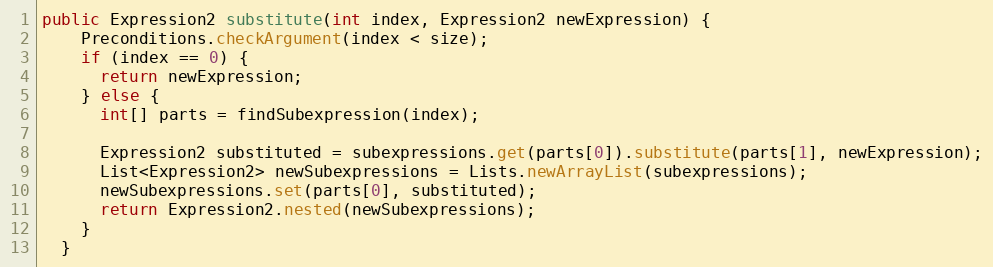
Language: Java
public Expression2 substitute(int index, Expression2 newExpression) {
    Preconditions.checkArgument(index < size);
    if (index == 0) {
      return newExpression;
    } else {
      int[] parts = findSubexpression(index);

      Expression2 substituted = subexpressions.get(parts[0]).substitute(parts[1], newExpression);
      List<Expression2> newSubexpressions = Lists.newArrayList(subexpressions);
      newSubexpressions.set(parts[0], substituted);
      return Expression2.nested(newSubexpressions);
    }
  }